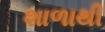
શાળાથી